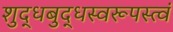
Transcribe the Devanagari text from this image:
शुद्धबुद्धस्वरूपस्त्वं